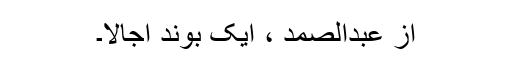
از عبدالصمد ، ایک بوند اجالا۔